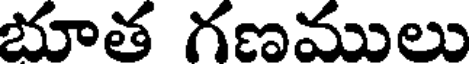
భూత గణములు